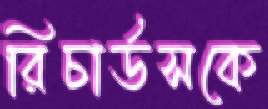
রিচার্ডসকে